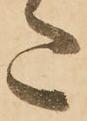
た